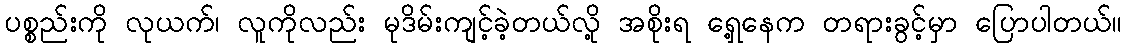
ပစ္စည်းကို လုယက်၊ လူကိုလည်း မုဒိမ်းကျင့်ခဲ့တယ်လို့ အစိုးရ ရှေ့နေက တရားခွင့်မှာ ပြောပါတယ်။